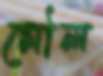
মৌল